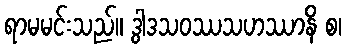
ရာမမင်းသည်။ ဒွါဒသဝဿသဟဿာနိ စ၊